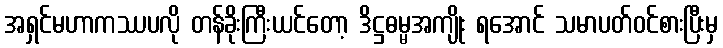
အရှင်မဟာကဿပလို တန်ခိုးကြီးယင်တော့ ဒိဋ္ဌဓမ္မအကျိုး ရအောင် သမာပတ်ဝင်စားပြီးမှ